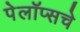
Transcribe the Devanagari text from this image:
पेलॉप्सचे